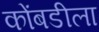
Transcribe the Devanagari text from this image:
कोंबडीला